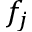
f _ { j }